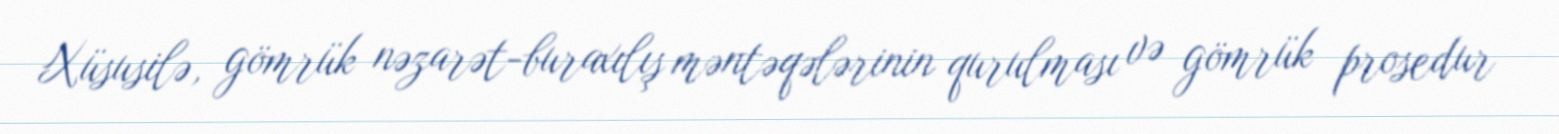
Xüsusilə, gömrük nəzarət-buraxılış məntəqələrinin qurulması və gömrük prosedur